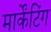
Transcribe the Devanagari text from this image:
मार्केंटिंग